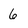
Character: 6